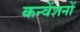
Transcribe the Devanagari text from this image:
कन्वेंशनों